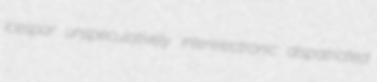
icespar unspeculatively interelectronic dispatriated